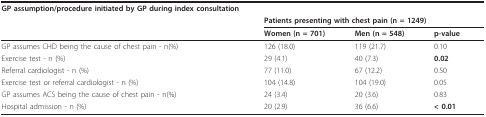
| GP assumption/procedure initiated by GP during index consultation | <COLSPAN=3>  |
 |  | <COLSPAN=3> Patients presenting with chest pain (n = 1249) |
 |  | Women (n = 701) | Men (n = 548) | p-value |
 | --- | --- | --- | --- |
 | GP assumes CHD being the cause of chest pain - n(%) | 126 (18.0) | 119 (21.7) | 0.10 |
 | Exercise test - n (%) | 29 (4.1) | 40 (7.3) | 0.02 |
 | Referral cardiologist - n (%) | 77 (11.0) | 67 (12.2) | 0.50 |
 | Exercise test or referral cardiologist - n (%) | 104 (14.8) | 104 (19.0) | 0.05 |
 | GP assumes ACS being the cause of chest pain - n(%) | 24 (3.4) | 20 (3.6) | 0.83 |
 | Hospital admission - n (%) | 20 (2.9) | 36 (6.6) | < 0.01 |